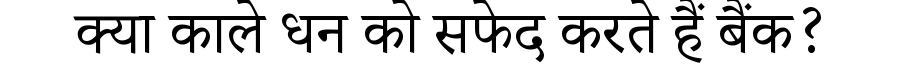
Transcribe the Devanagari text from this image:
क्या काले धन को सफेद करते हैं बैंक?